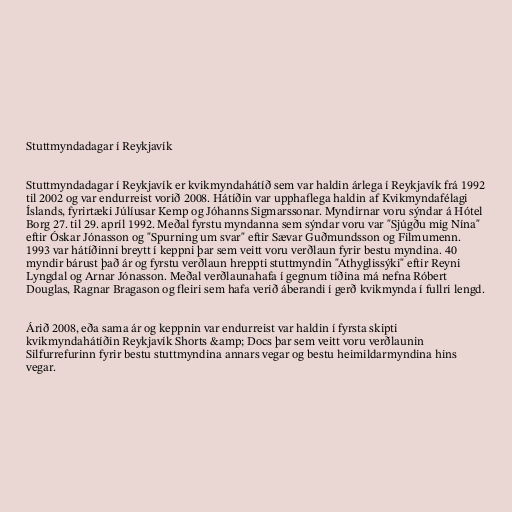
Stuttmyndadagar í Reykjavík

Stuttmyndadagar í Reykjavík er kvikmyndahátíð sem var haldin árlega í Reykjavík frá 1992
til 2002 og var endurreist vorið 2008. Hátíðin var upphaflega haldin af Kvikmyndafélagi
Íslands, fyrirtæki Júlíusar Kemp og Jóhanns Sigmarssonar. Myndirnar voru sýndar á Hótel
Borg 27. til 29. apríl 1992. Meðal fyrstu myndanna sem sýndar voru var "Sjúgðu mig Nína"
eftir Óskar Jónasson og "Spurning um svar" eftir Sævar Guðmundsson og Filmumenn.
1993 var hátíðinni breytt í keppni þar sem veitt voru verðlaun fyrir bestu myndina. 40
myndir bárust það ár og fyrstu verðlaun hreppti stuttmyndin "Athyglissýki" eftir Reyni
Lyngdal og Arnar Jónasson. Meðal verðlaunahafa í gegnum tíðina má nefna Róbert
Douglas, Ragnar Bragason og fleiri sem hafa verið áberandi í gerð kvikmynda í fullri lengd.

Árið 2008, eða sama ár og keppnin var endurreist var haldin í fyrsta skipti
kvikmyndahátíðin Reykjavík Shorts &amp; Docs þar sem veitt voru verðlaunin
Silfurrefurinn fyrir bestu stuttmyndina annars vegar og bestu heimildarmyndina hins
vegar.